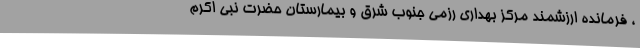
، فرمانده ارزشمند مرکز بهداری رزمی جنوب شرق و بیمارستان حضرت نبی اکرم